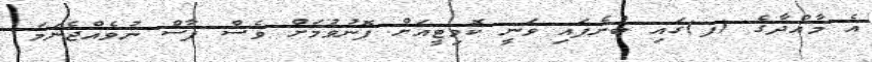
އެ މާއްދާގެ (ފ)ގައި ބުނެފައި ވަނީ ކޮމިޓީއަށް ފޮނުވުމަށް ވެސް ފާސް ނުވެއްޖެނަމަ